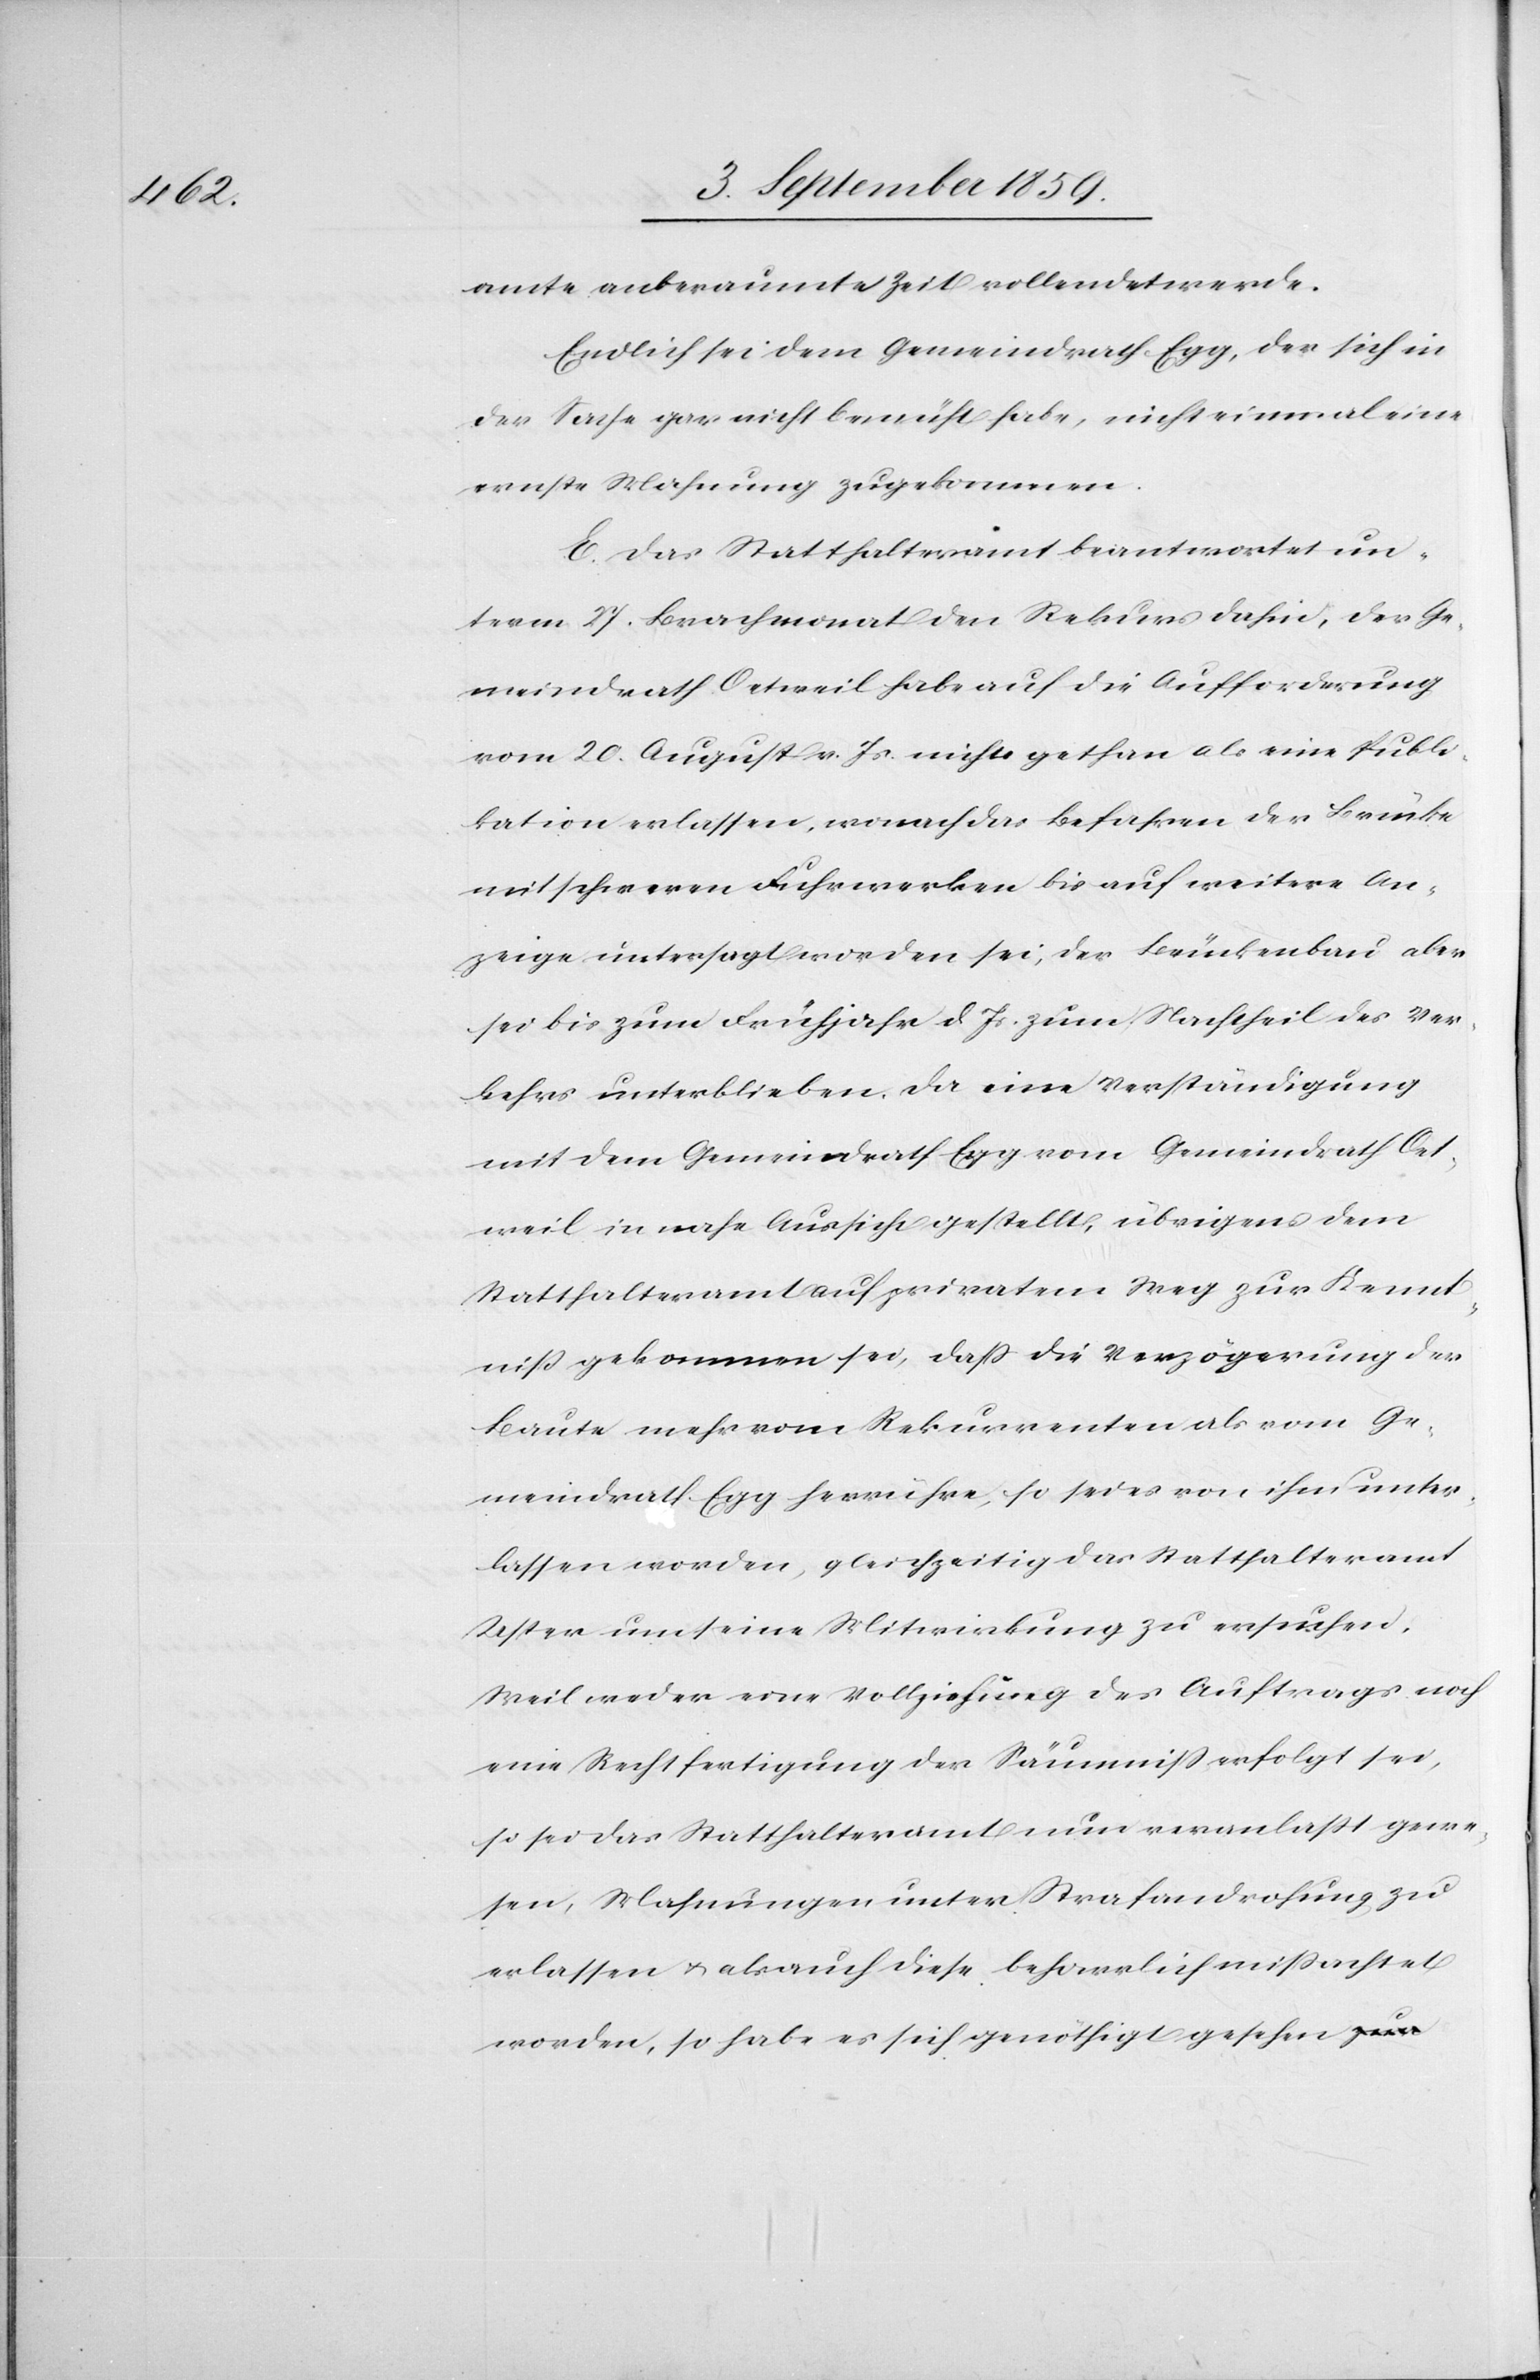
amte anberaumte Zeit vollendet werde.
Endlich sei dem Gemeindrath Egg, der sich in
der Sache gar nicht bemüht habe, nicht einmal eine
ernste Mahnung zugekommen.
E. Das Statthalteramt beantwortet un¬
term 27. Brachmonat den Rekurs dahin, der Ge¬
meindrath Oetweil habe auch die Aufforderung
vom 20. August v. Js. nichts gethan als eine Publi¬
kation erlassen, wonach das Befahren der Brücke
mit schweren Fuhrwerken bis auf weitere An¬
zeige untersagt worden sei, der Brückenbau aber
sei bis zum Frühjahr d. Js. zum Nachtheil des Ver¬
kehrs unterblieben, da eine Verständigung
mit dem Gemeindrath Egg vom Gemeindrath Oet¬
weil in nahe Aussicht gestellt, übrigens dem
Statthalteramt auf privatem Weg zur Kennt¬
niß gekommen sei, daß die Verzögerung der
Baute mehr vom Rekurrenten als vom Ge¬
meindrath Egg herrühre, so sei es von ihm unter¬
lassen worden, gleichzeitig das Statthalteramt
Uster um seine Mitwirkung zu ersuchen.
Weil weder eine Vollziehung des Auftrages noch
eine Rechtfertigung der Säumniß erfolgt sei,
so sei das Statthalteramt nun veranlaßt gewe¬
sen, Mahnungen, unter Strafandrohung, zu
erlassen & als auch diese beharrlich mißachtet
worden, so habe es sich genöthigt gesehen